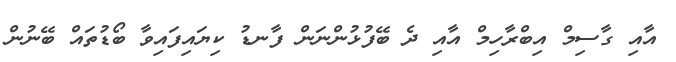
އާއި ގާސިމް އިބްރާހިމް އާއި ދެ ބޭފުޅުންނަން ފާނޑު ކިޔައިފައިވާ ބޯޑުތައް ބޭނުން